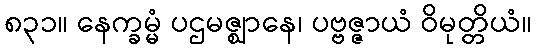
၈၃၁။ နေက္ခမ္မံ ပဌမဇ္ဈာနေ၊ ပဗ္ဗဇ္ဇာယံ ဝိမုတ္တိယံ။